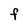
Character: F